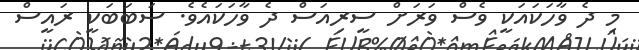
މި ދެ ވާހަކައަކީ ވެސް ވަރަށް ސީރިއަސް ދެ ވާހަކައެވެ. ސަބަބަކީ ރައީސް